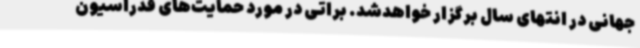
جهانی در انتهای سال برگزار خواهدشد. براتی در مورد حمایت‌های فدراسیون